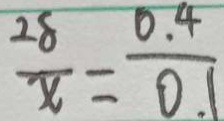
\frac { 2 8 } { x } = \frac { 0 . 4 } { 0 . 1 }